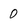
Character: 0